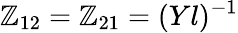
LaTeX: \mathbb{Z}_{12}=\mathbb{Z}_{21}=(Yl)^{-1}